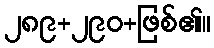
၂၈၉+၂၉၀+ဖြစ်၏။